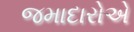
જમાદારોએ